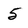
Character: 5